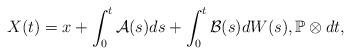
LaTeX: \begin{align*}X(t) = x + \int_0^t \mathcal{A}(s) ds + \int_0^t \mathcal{B}(s) dW(s) , \mathbb{P}\otimes dt ,\end{align*}